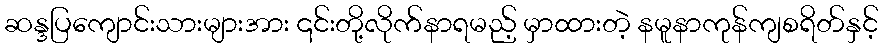
ဆန္ဒပြကျောင်းသားများအား ၎င်းတို့လိုက်နာရမည့် မှာထားတဲ့ နမူနာကုန်ကျစရိတ်နှင့်